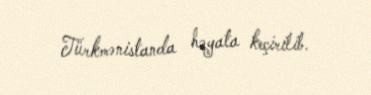
Türkmənistanda həyata keçirilib.